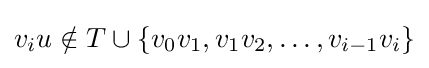
v_{i}u\notin T\cup \{v_{0}v_{1},v_{1}v_{2},\dotsc ,v_{i-1}v_{i}\}